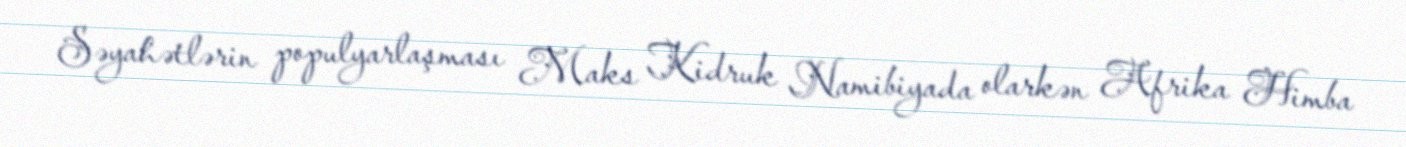
Səyahətlərin populyarlaşması Maks Kidruk Namibiyada olarkən Afrika Himba